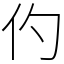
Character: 仢